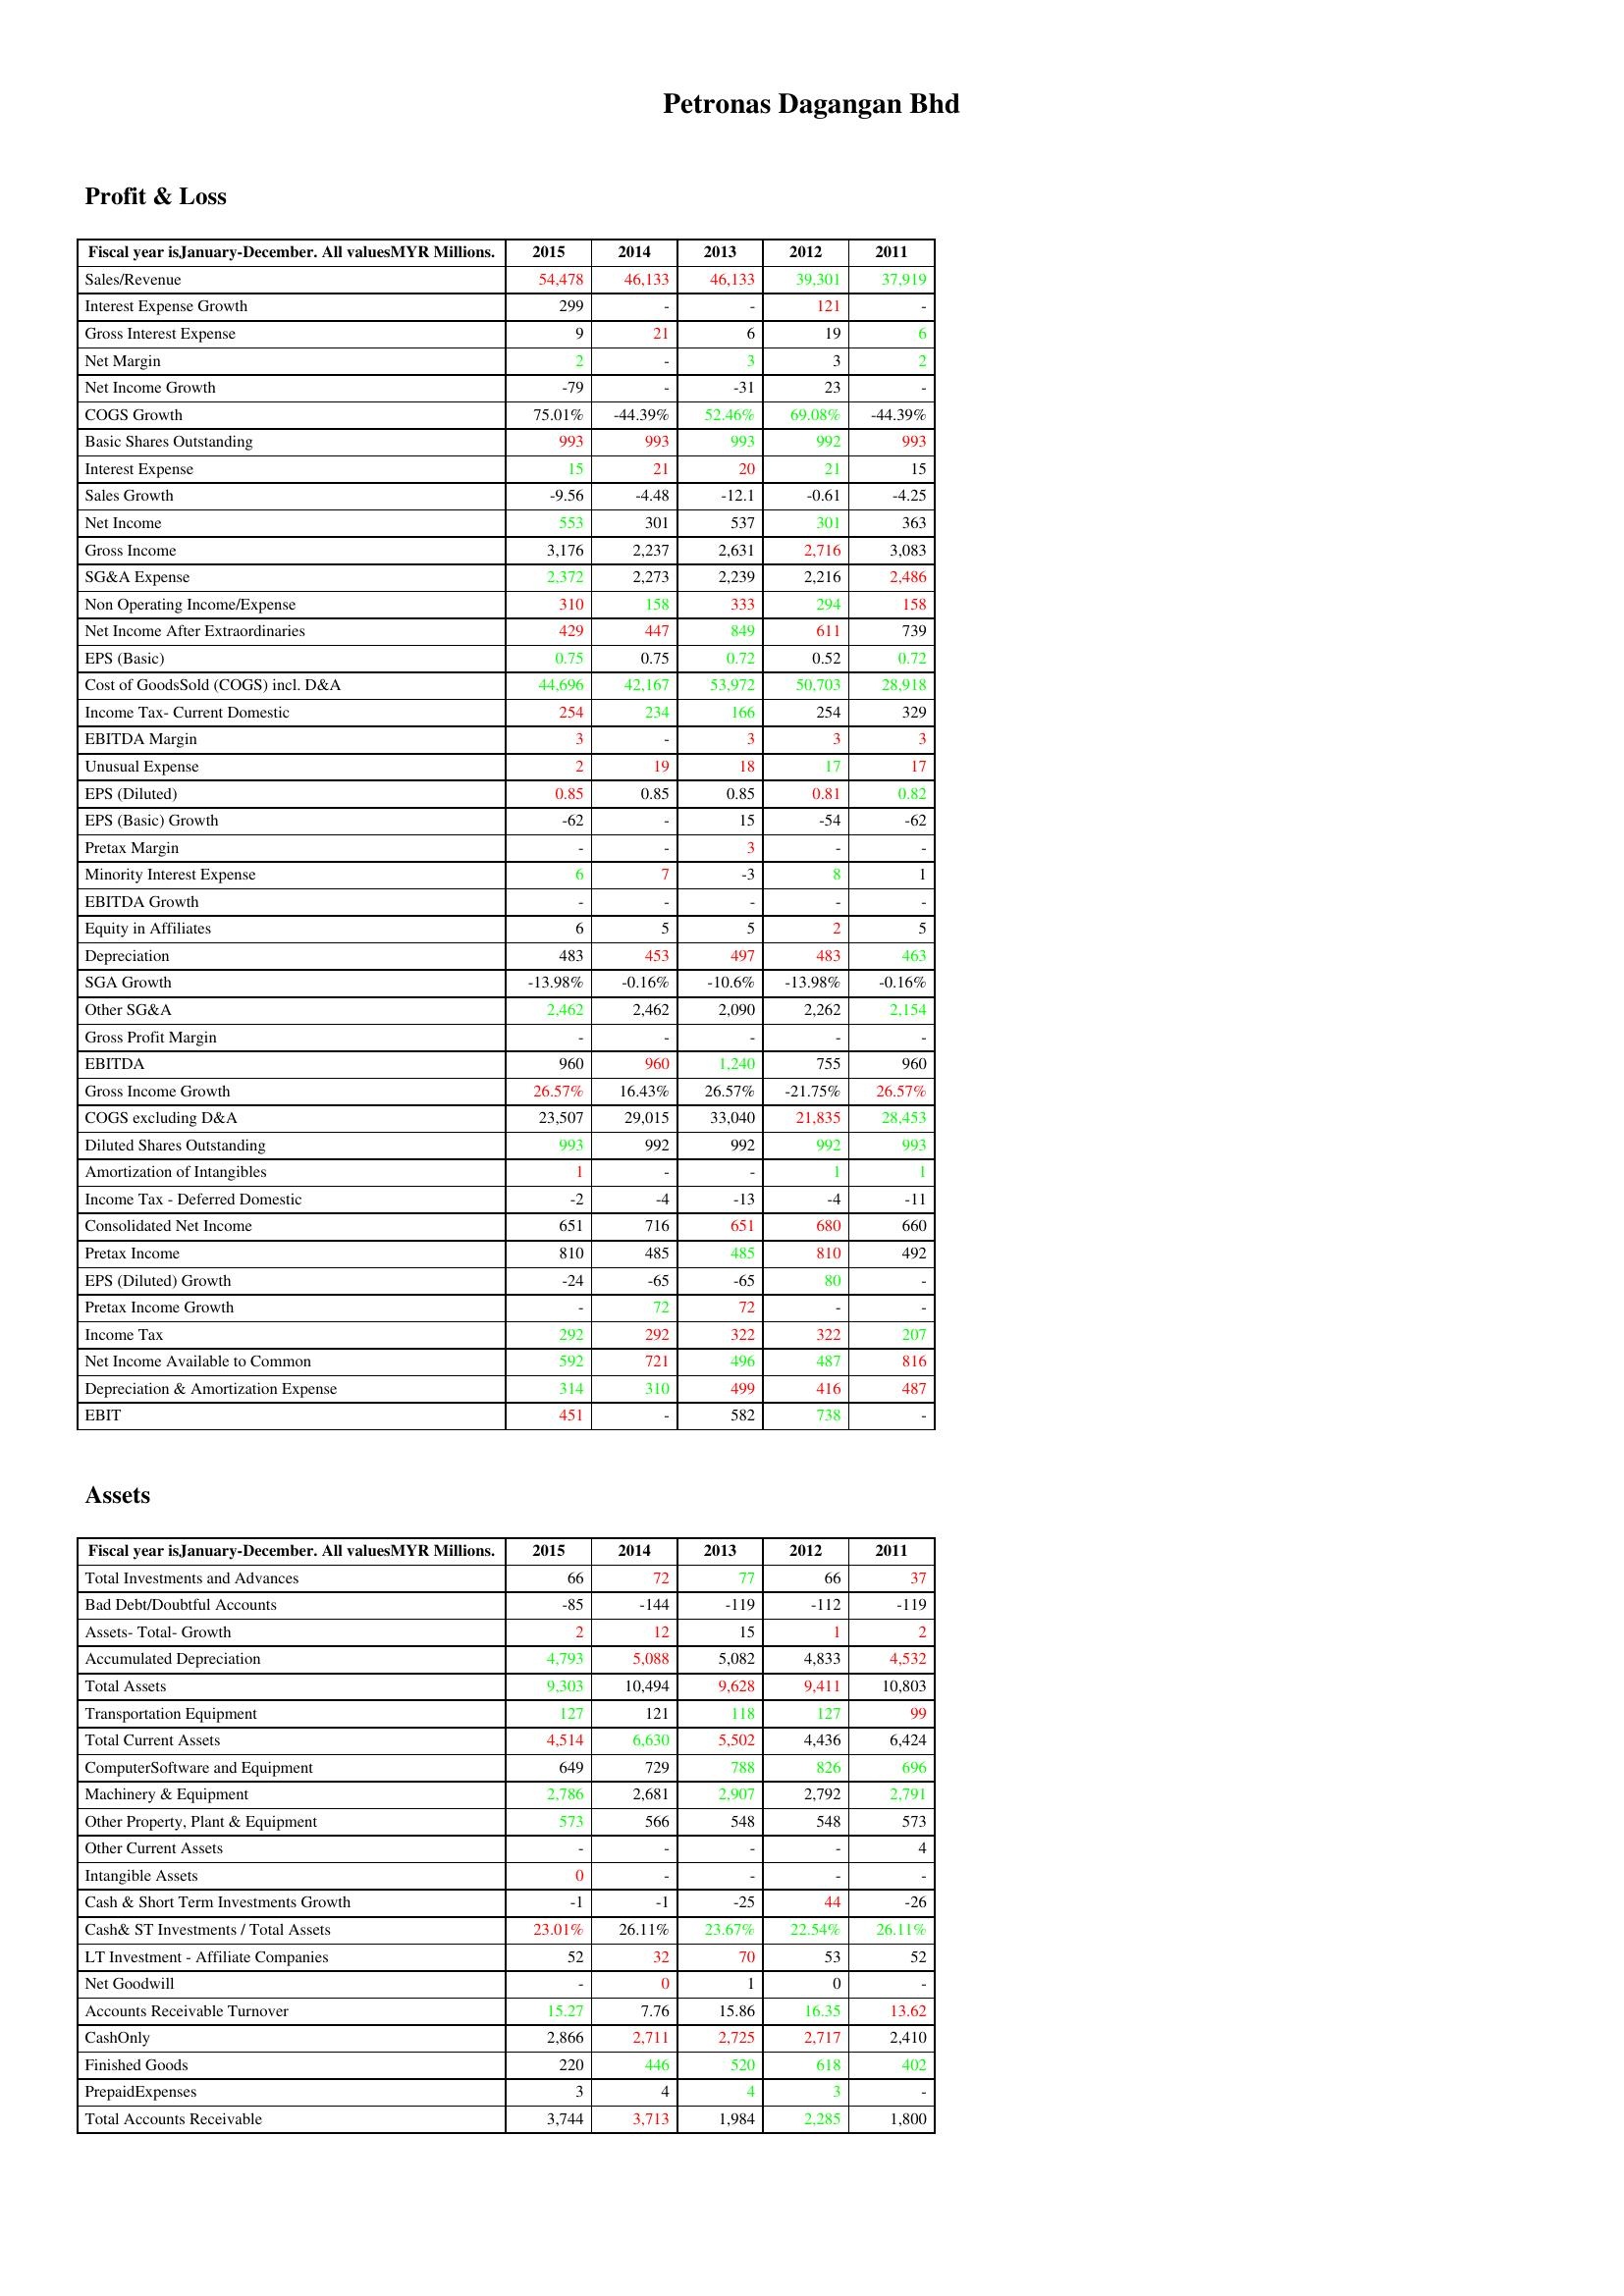
gt_parse: 2015: Profit & Loss: Sales/Revenue: 54,478
Interest Expense Growth: 299
Gross Interest Expense: 9
Net Margin: 2
Net Income Growth: -79
COGS Growth: 75.01%
Basic Shares Outstanding: 993
Interest Expense: 15
Sales Growth: -9.56
Net Income: 553
Gross Income: 3,176
SG&A Expense: 2,372
Non Operating Income/Expense: 310
Net Income After Extraordinaries: 429
EPS (Basic): 0.75
Cost of GoodsSold (COGS) incl. D&A: 44,696
Income Tax- Current Domestic: 254
EBITDA Margin: 3
Unusual Expense: 2
EPS (Diluted): 0.85
EPS (Basic) Growth: -62
Pretax Margin: -
Minority Interest Expense: 6
EBITDA Growth: -
Equity in Affiliates: 6
Depreciation: 483
SGA Growth: -13.98%
Other SG&A: 2,462
Gross Profit Margin: -
EBITDA: 960
Gross Income Growth: 26.57%
COGS excluding D&A: 23,507
Diluted Shares Outstanding: 993
Amortization of Intangibles: 1
Income Tax - Deferred Domestic: -2
Consolidated Net Income: 651
Pretax Income: 810
EPS (Diluted) Growth: -24
Pretax Income Growth: -
Income Tax: 292
Net Income Available to Common: 592
Depreciation & Amortization Expense: 314
EBIT: 451
Assets: Total Investments and Advances: 66
Bad Debt/Doubtful Accounts: -85
Assets- Total- Growth: 2
Accumulated Depreciation: 4,793
Total Assets: 9,303
Transportation Equipment: 127
Total Current Assets: 4,514
ComputerSoftware and Equipment: 649
Machinery & Equipment: 2,786
Other Property, Plant & Equipment: 573
Other Current Assets: -
Intangible Assets: 0
Cash & Short Term Investments Growth: -1
Cash& ST Investments / Total Assets: 23.01%
LT Investment - Affiliate Companies: 52
Net Goodwill: -
Accounts Receivable Turnover: 15.27
CashOnly: 2,866
Finished Goods: 220
PrepaidExpenses: 3
Total Accounts Receivable: 3,744
2014: Profit & Loss: Sales/Revenue: 46,133
Interest Expense Growth: -
Gross Interest Expense: 21
Net Margin: -
Net Income Growth: -
COGS Growth: -44.39%
Basic Shares Outstanding: 993
Interest Expense: 21
Sales Growth: -4.48
Net Income: 301
Gross Income: 2,237
SG&A Expense: 2,273
Non Operating Income/Expense: 158
Net Income After Extraordinaries: 447
EPS (Basic): 0.75
Cost of GoodsSold (COGS) incl. D&A: 42,167
Income Tax- Current Domestic: 234
EBITDA Margin: -
Unusual Expense: 19
EPS (Diluted): 0.85
EPS (Basic) Growth: -
Pretax Margin: -
Minority Interest Expense: 7
EBITDA Growth: -
Equity in Affiliates: 5
Depreciation: 453
SGA Growth: -0.16%
Other SG&A: 2,462
Gross Profit Margin: -
EBITDA: 960
Gross Income Growth: 16.43%
COGS excluding D&A: 29,015
Diluted Shares Outstanding: 992
Amortization of Intangibles: -
Income Tax - Deferred Domestic: -4
Consolidated Net Income: 716
Pretax Income: 485
EPS (Diluted) Growth: -65
Pretax Income Growth: 72
Income Tax: 292
Net Income Available to Common: 721
Depreciation & Amortization Expense: 310
EBIT: -
Assets: Total Investments and Advances: 72
Bad Debt/Doubtful Accounts: -144
Assets- Total- Growth: 12
Accumulated Depreciation: 5,088
Total Assets: 10,494
Transportation Equipment: 121
Total Current Assets: 6,630
ComputerSoftware and Equipment: 729
Machinery & Equipment: 2,681
Other Property, Plant & Equipment: 566
Other Current Assets: -
Intangible Assets: -
Cash & Short Term Investments Growth: -1
Cash& ST Investments / Total Assets: 26.11%
LT Investment - Affiliate Companies: 32
Net Goodwill: 0
Accounts Receivable Turnover: 7.76
CashOnly: 2,711
Finished Goods: 446
PrepaidExpenses: 4
Total Accounts Receivable: 3,713
2013: Profit & Loss: Sales/Revenue: 46,133
Interest Expense Growth: -
Gross Interest Expense: 6
Net Margin: 3
Net Income Growth: -31
COGS Growth: 52.46%
Basic Shares Outstanding: 993
Interest Expense: 20
Sales Growth: -12.1
Net Income: 537
Gross Income: 2,631
SG&A Expense: 2,239
Non Operating Income/Expense: 333
Net Income After Extraordinaries: 849
EPS (Basic): 0.72
Cost of GoodsSold (COGS) incl. D&A: 53,972
Income Tax- Current Domestic: 166
EBITDA Margin: 3
Unusual Expense: 18
EPS (Diluted): 0.85
EPS (Basic) Growth: 15
Pretax Margin: 3
Minority Interest Expense: -3
EBITDA Growth: -
Equity in Affiliates: 5
Depreciation: 497
SGA Growth: -10.6%
Other SG&A: 2,090
Gross Profit Margin: -
EBITDA: 1,240
Gross Income Growth: 26.57%
COGS excluding D&A: 33,040
Diluted Shares Outstanding: 992
Amortization of Intangibles: -
Income Tax - Deferred Domestic: -13
Consolidated Net Income: 651
Pretax Income: 485
EPS (Diluted) Growth: -65
Pretax Income Growth: 72
Income Tax: 322
Net Income Available to Common: 496
Depreciation & Amortization Expense: 499
EBIT: 582
Assets: Total Investments and Advances: 77
Bad Debt/Doubtful Accounts: -119
Assets- Total- Growth: 15
Accumulated Depreciation: 5,082
Total Assets: 9,628
Transportation Equipment: 118
Total Current Assets: 5,502
ComputerSoftware and Equipment: 788
Machinery & Equipment: 2,907
Other Property, Plant & Equipment: 548
Other Current Assets: -
Intangible Assets: -
Cash & Short Term Investments Growth: -25
Cash& ST Investments / Total Assets: 23.67%
LT Investment - Affiliate Companies: 70
Net Goodwill: 1
Accounts Receivable Turnover: 15.86
CashOnly: 2,725
Finished Goods: 520
PrepaidExpenses: 4
Total Accounts Receivable: 1,984
2012: Profit & Loss: Sales/Revenue: 39,301
Interest Expense Growth: 121
Gross Interest Expense: 19
Net Margin: 3
Net Income Growth: 23
COGS Growth: 69.08%
Basic Shares Outstanding: 992
Interest Expense: 21
Sales Growth: -0.61
Net Income: 301
Gross Income: 2,716
SG&A Expense: 2,216
Non Operating Income/Expense: 294
Net Income After Extraordinaries: 611
EPS (Basic): 0.52
Cost of GoodsSold (COGS) incl. D&A: 50,703
Income Tax- Current Domestic: 254
EBITDA Margin: 3
Unusual Expense: 17
EPS (Diluted): 0.81
EPS (Basic) Growth: -54
Pretax Margin: -
Minority Interest Expense: 8
EBITDA Growth: -
Equity in Affiliates: 2
Depreciation: 483
SGA Growth: -13.98%
Other SG&A: 2,262
Gross Profit Margin: -
EBITDA: 755
Gross Income Growth: -21.75%
COGS excluding D&A: 21,835
Diluted Shares Outstanding: 992
Amortization of Intangibles: 1
Income Tax - Deferred Domestic: -4
Consolidated Net Income: 680
Pretax Income: 810
EPS (Diluted) Growth: 80
Pretax Income Growth: -
Income Tax: 322
Net Income Available to Common: 487
Depreciation & Amortization Expense: 416
EBIT: 738
Assets: Total Investments and Advances: 66
Bad Debt/Doubtful Accounts: -112
Assets- Total- Growth: 1
Accumulated Depreciation: 4,833
Total Assets: 9,411
Transportation Equipment: 127
Total Current Assets: 4,436
ComputerSoftware and Equipment: 826
Machinery & Equipment: 2,792
Other Property, Plant & Equipment: 548
Other Current Assets: -
Intangible Assets: -
Cash & Short Term Investments Growth: 44
Cash& ST Investments / Total Assets: 22.54%
LT Investment - Affiliate Companies: 53
Net Goodwill: 0
Accounts Receivable Turnover: 16.35
CashOnly: 2,717
Finished Goods: 618
PrepaidExpenses: 3
Total Accounts Receivable: 2,285
2011: Profit & Loss: Sales/Revenue: 37,919
Interest Expense Growth: -
Gross Interest Expense: 6
Net Margin: 2
Net Income Growth: -
COGS Growth: -44.39%
Basic Shares Outstanding: 993
Interest Expense: 15
Sales Growth: -4.25
Net Income: 363
Gross Income: 3,083
SG&A Expense: 2,486
Non Operating Income/Expense: 158
Net Income After Extraordinaries: 739
EPS (Basic): 0.72
Cost of GoodsSold (COGS) incl. D&A: 28,918
Income Tax- Current Domestic: 329
EBITDA Margin: 3
Unusual Expense: 17
EPS (Diluted): 0.82
EPS (Basic) Growth: -62
Pretax Margin: -
Minority Interest Expense: 1
EBITDA Growth: -
Equity in Affiliates: 5
Depreciation: 463
SGA Growth: -0.16%
Other SG&A: 2,154
Gross Profit Margin: -
EBITDA: 960
Gross Income Growth: 26.57%
COGS excluding D&A: 28,453
Diluted Shares Outstanding: 993
Amortization of Intangibles: 1
Income Tax - Deferred Domestic: -11
Consolidated Net Income: 660
Pretax Income: 492
EPS (Diluted) Growth: -
Pretax Income Growth: -
Income Tax: 207
Net Income Available to Common: 816
Depreciation & Amortization Expense: 487
EBIT: -
Assets: Total Investments and Advances: 37
Bad Debt/Doubtful Accounts: -119
Assets- Total- Growth: 2
Accumulated Depreciation: 4,532
Total Assets: 10,803
Transportation Equipment: 99
Total Current Assets: 6,424
ComputerSoftware and Equipment: 696
Machinery & Equipment: 2,791
Other Property, Plant & Equipment: 573
Other Current Assets: 4
Intangible Assets: -
Cash & Short Term Investments Growth: -26
Cash& ST Investments / Total Assets: 26.11%
LT Investment - Affiliate Companies: 52
Net Goodwill: -
Accounts Receivable Turnover: 13.62
CashOnly: 2,410
Finished Goods: 402
PrepaidExpenses: -
Total Accounts Receivable: 1,800